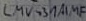
Text: LMV45AIMF